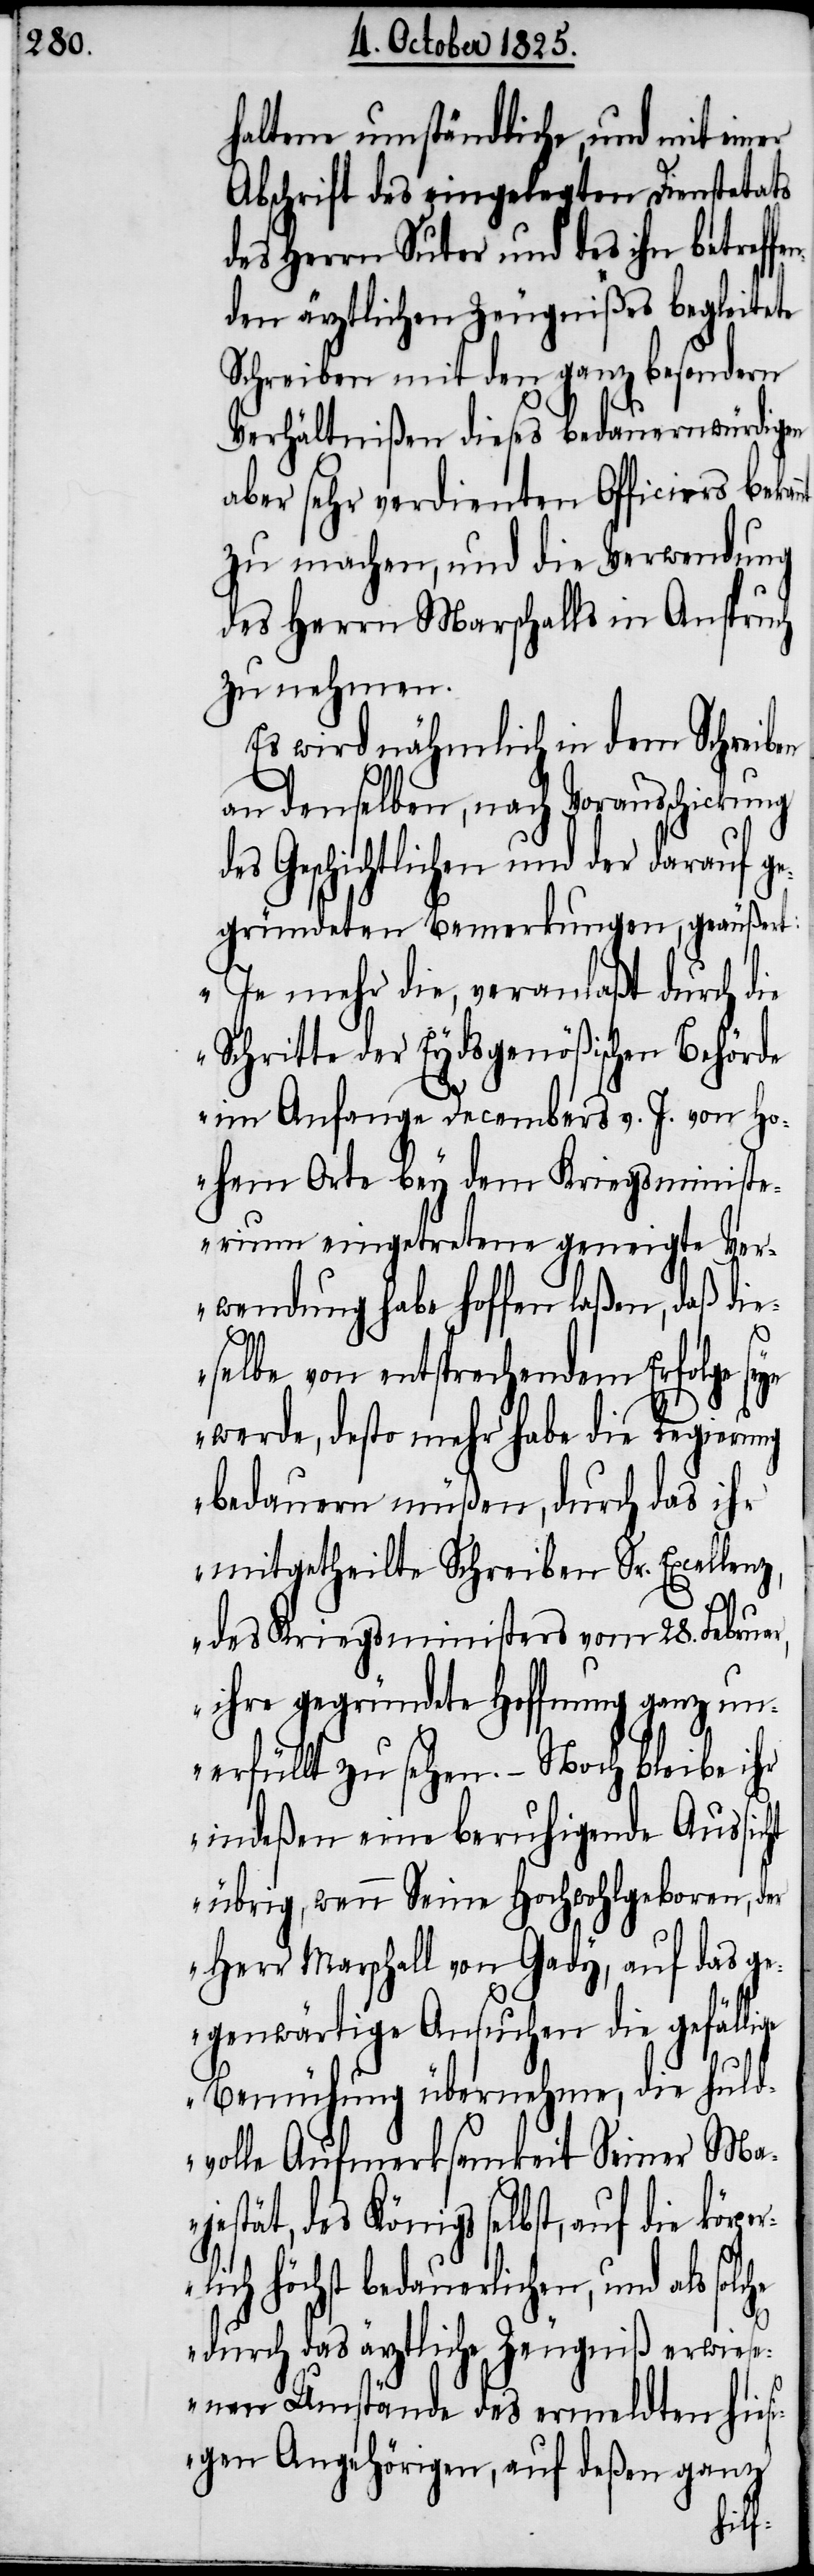
haltene umständliche, und mit einer
Abschrift des eingelegten Dienstetats
des Herrn Suter und des ihn betreffe¬
nden ärztlichen Zeugnißes begleitete
Schreiben mit den ganz besondern
Verhältnißen dieses bedauernwürdigen
aber sehr verdienten Officiers beka¬
zu machen, und die Verwendung
des Herrn Marschalls in Anspruch
zu nehmen.
Es wird nähmlich in dem Schreiben
an denselben, auch Vorausschickung
Geschichtlichen und der darauf ge¬
gründeten Bemerkungen, geäußert:
„In mehr die, veranlaßt durch die
Schritte der Eydsgenößischen Behörde
im Anfange Decembers v. J. von Ho¬
hem Horte bey dem Kriegsministe¬
rium eingetretene geneigte Ver¬
wendung habe hoffen laßen, daß die¬
selbe von entsprechendem Erfolge
werde, desto mehr habe die Regierung
bedauern müßen, durch das ihr
mitgetheilte Schreiben Sr. Excellenz,
des Kriegsministers vom 28. Februar,
ihre gegründete Hoffnung ganz un¬
erfüllt zu sehen. – Noch bliebe ihr
indeßen eine beruhigende Aussicht
übrig, wenn Seine Hochwohlgeboren, der
Herr Marschall von Gady, auf das ge¬
genwärtige Ansuchen die gefäl¬
Bemühung übernehme, die huld¬
volle Aufmerksamkeit Seiner Ma¬
jestät, des Königs selbst, auf die kör¬
ich höchst bedauerlichen, und als
durch das ärztliche Zeugniß erwies¬
enen Umstände des ermeldten hies¬
igen Angehörigen, auf deßen ganz
perl¬